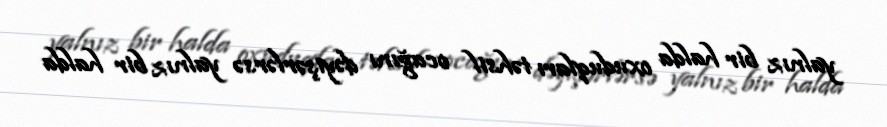
yalnız bir halda oxuduqları təhsil ocağını dəyişərlərsə yalnız bir halda